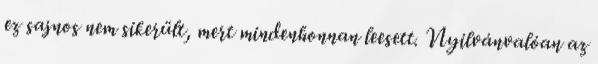
ez sajnos nem sikerült, mert mindenhonnan leesett. Nyilvánvalóan az